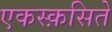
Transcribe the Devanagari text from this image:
एकस्क़सिते